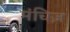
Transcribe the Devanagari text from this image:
मंचिज़